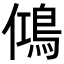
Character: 𬷉